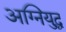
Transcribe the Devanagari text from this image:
अग्नियुद्ध